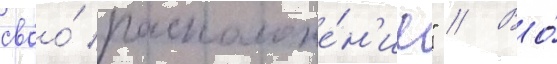
своо́ расположе́н'ие" // Во́